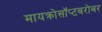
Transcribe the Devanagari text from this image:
मायक्रोसॉप्टबरोबर